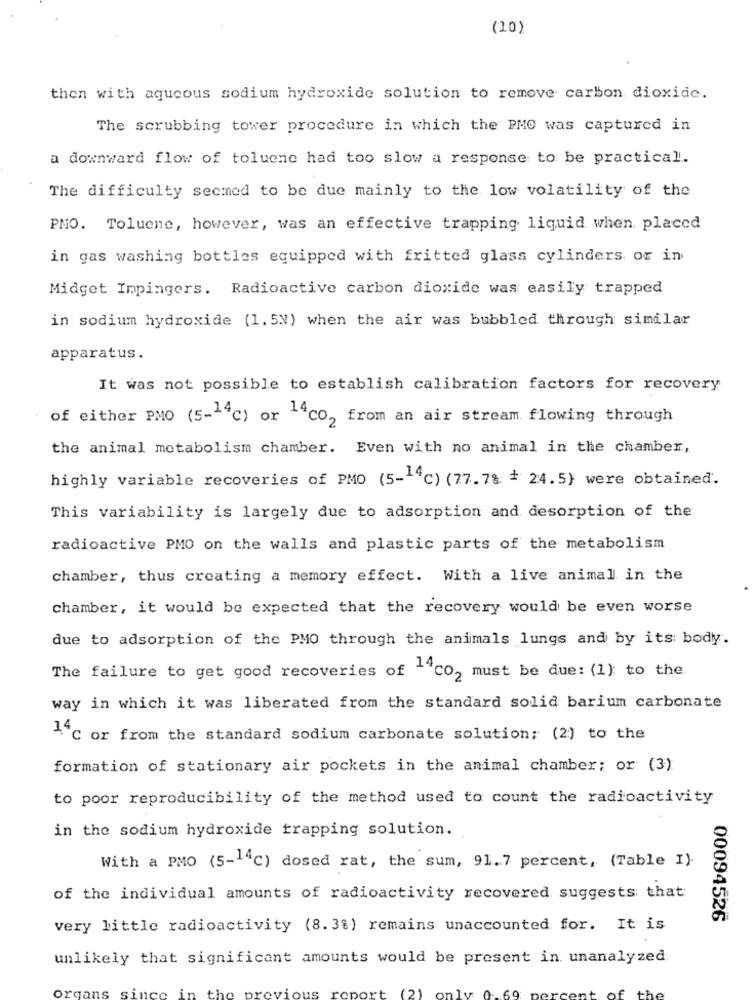
(10)
then with aqueous sodium hydroxide solution to remove carbon dioxide.
The scrubbing tower procedure in which the PMO was captured in
a downward flow of toluene had too slow a response to be practical.
The difficulty secmed to be due mainly to the low volatility of the
PMO. Toluene, however, was an effective trapping liquid when. placed
in gas washing bottles equipped with fritted glass cylinders or in
Midget Impingers. Radioactive carbon dioxide was easily trapped
in sodium hydroxide (1.5N) when the air was bubbled through similar
apparatus.
It was not possible to establish calibration factors for recovery
of either PMO (5-14℃) or ""CO, from an air stream flowing through
the animal metabolism chamber. Even with no animal in the chamber,
highly variable recoveries of PMO (5-14℃) (77.7% + 24.5) were obtained.
This variability is largely due to adsorption and desorption of the
radioactive PMO on the walls and plastic parts of the metabolism
chamber, thus creating a memory effect. With a live animal in the
chamber, it would be expected that the recovery would be even worse
due to adsorption of the PMO through the animals lungs and by its: body.
The failure to get good recoveries of ""CO, must be due: (1): to the.
way in which it was liberated from the standard solid barium carbonate
4 ℃ or from the standard sodium carbonate solution; (2) to the
formation of stationary air pockets in the animal chamber; or (3)
to poor reproducibility of the method used to count the radioactivity
in the sodium hydroxide trapping solution.
With a PMO (5-14℃) dosed rat, the sum, 91.7 percent, (Table I).
of the individual amounts of radioactivity recovered suggests that
00094526
very little radioactivity (8.3%) remains unaccounted for. It is
unlikely that significant amounts would be present in unanalyzed.